Lunatic asylums Madras 1892-1911 - 1892-1911
Year: 1892
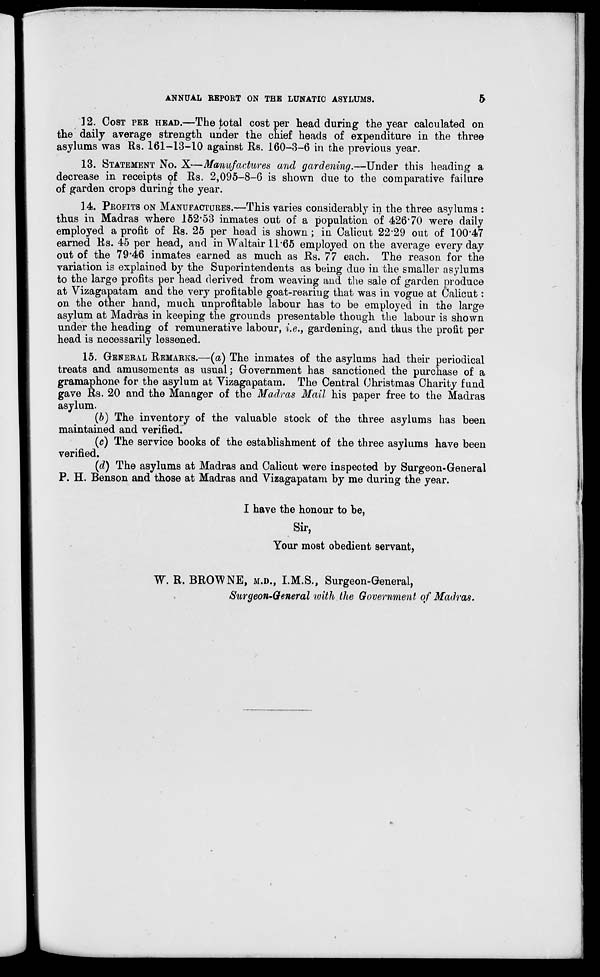
ANNUAL REPORT ON THE LUNATIC ASYLUMS.
5
12. COST PER HEAD.—The total cost per head during the year calculated on
the daily average strength under the chief heads of expenditure in the three
asylums was Rs. 161-13-10 against Rs. 160-3-6 in the previous year.
13. STATEMENT No. X—Manufactures and gardening.—Under this heading a
decrease in receipts of Rs, 2,095-8-6 is shown clue to the comparative failure
of garden crops during the year.
14. PROFITS ON MANUFACTURES.—This varies considerably in the three asylums :
thus in Madras where 152*53 inmates out of a population of 426*70 were daily
employed a profit of Rs. 25 per head is shown; in Calicut 22*29 out of 100*47
earned Rs. 45 per head, and in Waltair 11*65 employed on the average every day
out of the 79*46 inmates earned as much as Rs. 77 each. The reason for the
variation is explained by the Superintendents as being due in the smaller asylums
to the large profits per head derived from weaving and the sale of garden produce
at Vizagapatam and the very profitable goat-rearing that was in vogue at Calicut:
on the other hand, much unprofitable labour has to be employed in the large
asylum at Madras in keeping the grounds presentable though the labour is shown
under the heading of remunerative labour, i.e., gardening, and thus the profit per
head is necessarily lessened.
15. GENERAL REMARKS.—(a) The inmates of the asylums had their periodical
treats and amusements as usual; Government has sanctioned the purchase of a
gramaphone for the asylum at Vizagapatam. The Central Christmas Charity fund
gave Rs. 20 and the Manager of the Madras Mail his paper free to the Madras
asylum.
(b) The inventory of the valuable stock of the three asylums has been
maintained and verified.
(c) The service books of the establishment of the three asylums have been
verified.
(d) The asylums at Madras and Calicut were inspected by Surgeon-General
P. H. Benson and those at Madras and Vizagapatam by me during the year.
I have the honour to be,
Sir,
Your most obedient servant,
W.R.BROWNE, M.D., I.M.S., Surgeon-General,
Surgeon-General with the Government of Madras.